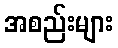
အစည်းများ